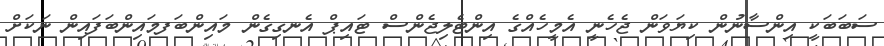
ސަބަބަކީ އިންސާނުން ކިޔަވަން ޖެހެނީ އެމީހެއްގެ އިންޓެލިޖެންސް ޓައިޕް އެނގިގެން މައިންބަފމައިންބަފައިން ނަކަށް